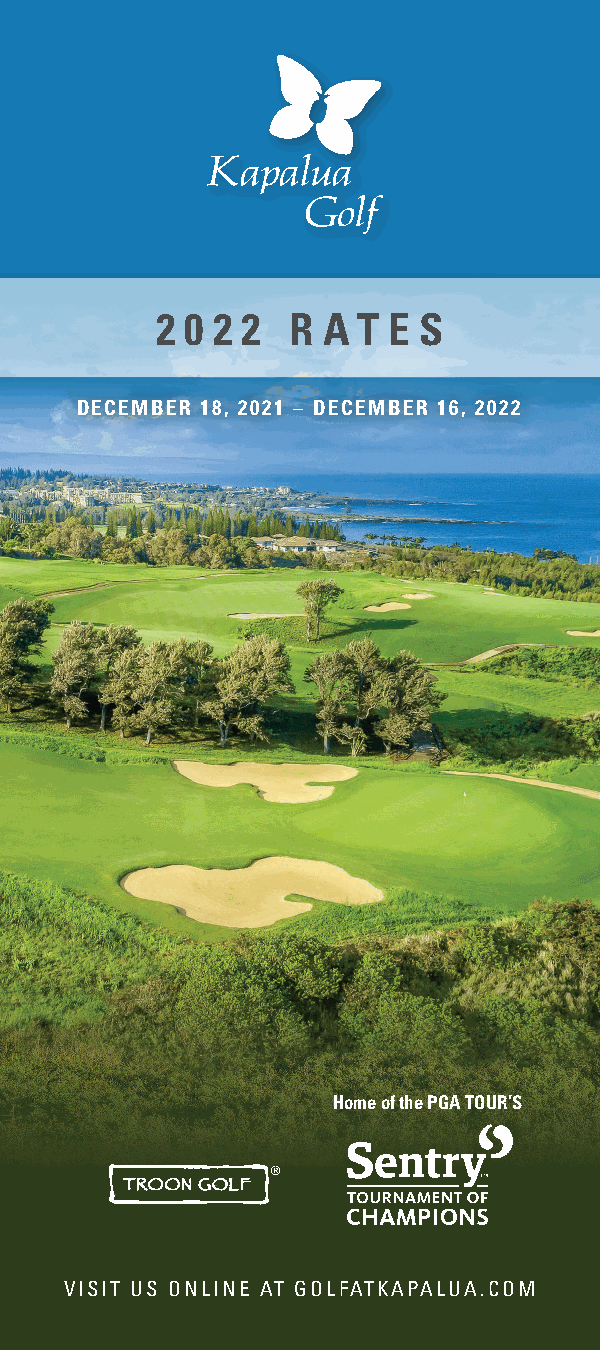
2 0 2 2  R A  T E S
 DECEMBER 18, 2021 – DECEMBER 16, 2022
 Home of the PGA TOUR’S
 VISIT US ONLINE AT GOLFATKAPALUA.COM